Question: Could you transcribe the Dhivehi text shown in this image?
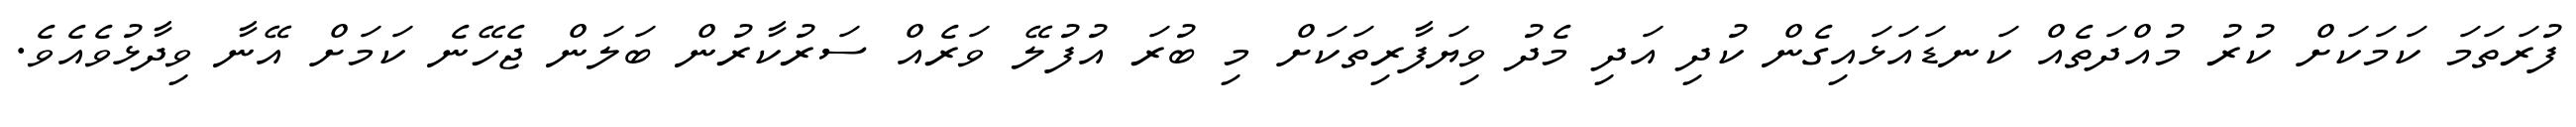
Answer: ފުރަތަމަ ކަމަކަށް ކުރު މުއްދަތެއް ކަނޑައަޅައިގެން ކުދި އަދި މެދު ވިޔަފާރިތަކަށް މި ބުރަ އުފުލޭ ވަރެއް ސަރުކާރުން ބަލަން ޖެހޭނެ ކަމަށް އޭނާ ވިދާޅުވެއެވެ.